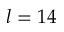
l = 1 4